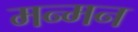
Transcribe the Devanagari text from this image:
मन्मन